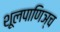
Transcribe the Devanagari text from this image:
शूलपाणिञ्च